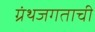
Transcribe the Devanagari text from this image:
ग्रंथजगताची